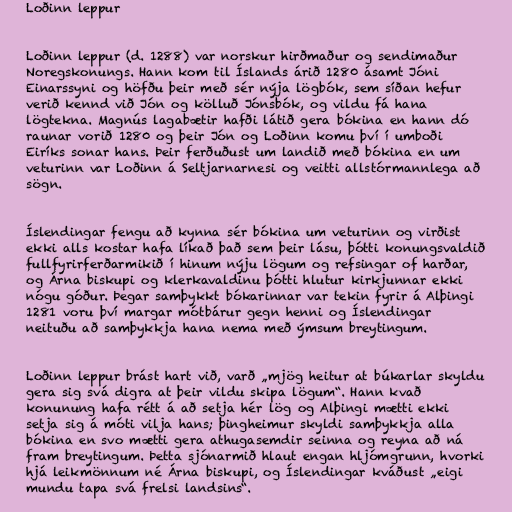
Loðinn leppur

Loðinn leppur (d. 1288) var norskur hirðmaður og sendimaður
Noregskonungs. Hann kom til Íslands árið 1280 ásamt Jóni
Einarssyni og höfðu þeir með sér nýja lögbók, sem síðan hefur
verið kennd við Jón og kölluð Jónsbók, og vildu fá hana
lögtekna. Magnús lagabætir hafði látið gera bókina en hann dó
raunar vorið 1280 og þeir Jón og Loðinn komu því í umboði
Eiríks sonar hans. Þeir ferðuðust um landið með bókina en um
veturinn var Loðinn á Seltjarnarnesi og veitti allstórmannlega að
sögn.

Íslendingar fengu að kynna sér bókina um veturinn og virðist
ekki alls kostar hafa líkað það sem þeir lásu, þótti konungsvaldið
fullfyrirferðarmikið í hinum nýju lögum og refsingar of harðar,
og Árna biskupi og klerkavaldinu þótti hlutur kirkjunnar ekki
nógu góður. Þegar samþykkt bókarinnar var tekin fyrir á Alþingi
1281 voru því margar mótbárur gegn henni og Íslendingar
neituðu að samþykkja hana nema með ýmsum breytingum.

Loðinn leppur brást hart við, varð „mjög heitur at búkarlar skyldu
gera sig svá digra at þeir vildu skipa lögum“. Hann kvað
konunung hafa rétt á að setja hér lög og Alþingi mætti ekki
setja sig á móti vilja hans; þingheimur skyldi samþykkja alla
bókina en svo mætti gera athugasemdir seinna og reyna að ná
fram breytingum. Þetta sjónarmið hlaut engan hljómgrunn, hvorki
hjá leikmönnum né Árna biskupi, og Íslendingar kváðust „eigi
mundu tapa svá frelsi landsins“.